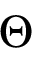
\Theta